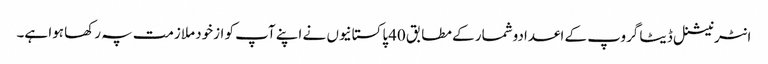
انٹرنیشنل ڈیٹا گروپ کے اعدادوشمار کے مطابق 40پاکستانیوں نے اپنے آپ کو ازخود ملازمت پہ رکھا ہوا ہے۔